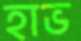
হাভ